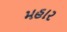
મહાર